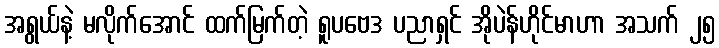
အရွယ်နဲ့ မလိုက်အောင် ထက်မြက်တဲ့ ရူပဗေဒ ပညာရှင် အိုပဲန်ဟိုင်မာဟာ အသက် ၂၅